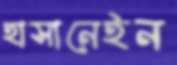
হাসানেইন